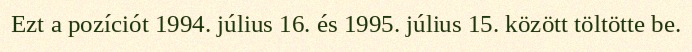
Ezt a pozíciót 1994. július 16. és 1995. július 15. között töltötte be.